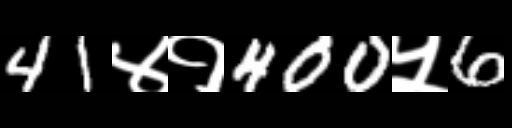
Text: 41४१400५6